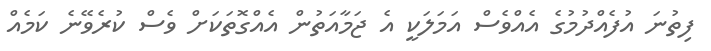
ފިތުނަ އުފެއްދުމުގެ އެއްވެސް އަމަލަކީ އެ ޖަމާއަތުން އެއްގޮތަކަށް ވެސް ކުރެވޭނެ ކަމެއް